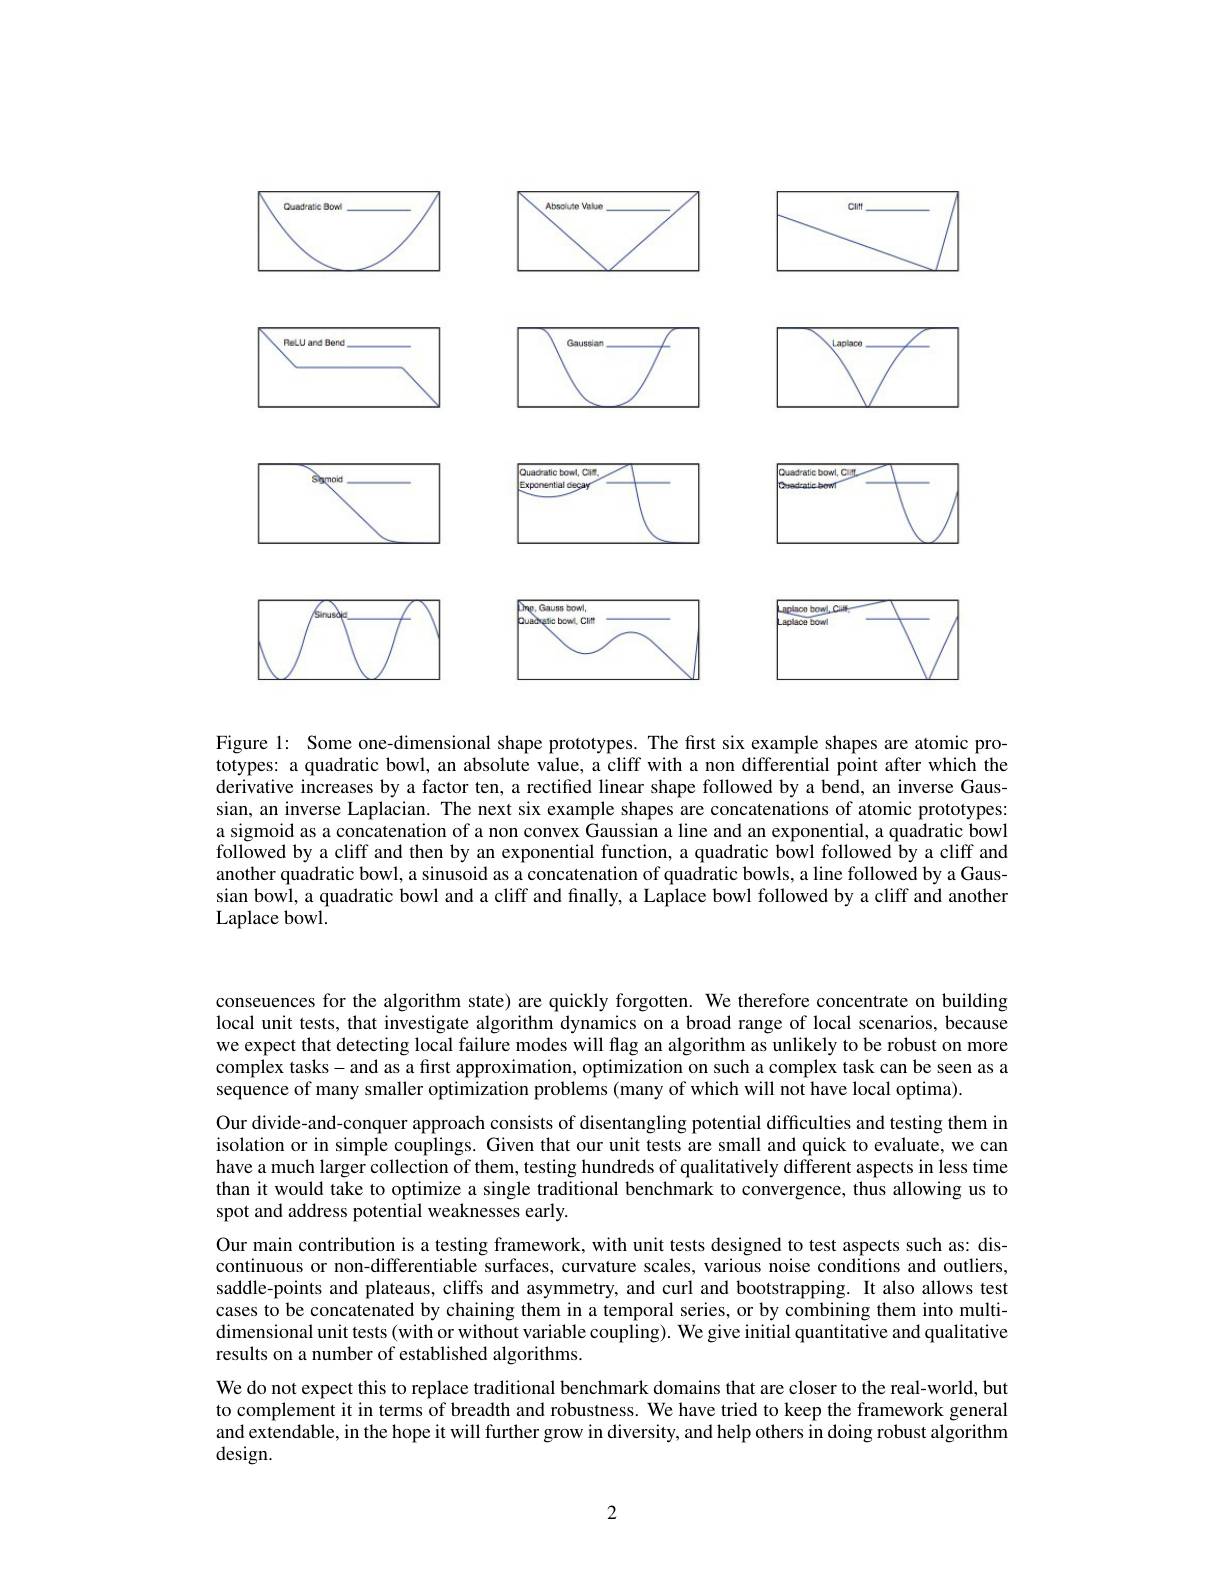
<FigureHere>

Figure 1: Some one-dimensional shape prototypes. The first six example shapes are atomic prototypes: a quadratic bowl, an absolute value, a cliff with a non differential point after which the derivative increases by a factor ten, a rectified linear shape followed by a bend, an inverse Gaussian, an inverse Laplacian. The next six example shapes are concatenations of atomic prototypes: a sigmoid as a concatenation of a non convex Gaussian a line and an exponential, a quadratic bowl followed by a cliff and then by an exponential function, a quadratic bowl followed by a cliff and another quadratic bowl, a sinusoid as a concatenation of quadratic bowls, a line followed by a Gaussian bowl, a quadratic bowl and a cliff and finally, a Laplace bowl followed by a cliff and another Laplace bowl.

conseuences for the algorithm state) are quickly forgotten. We therefore concentrate on building local unit tests, that investigate algorithm dynamics on a broad range of local scenarios, because we expect that detecting local failure modes will flag an algorithm as unlikely to be robust on more complex tasks-and as a first approximation, optimization on such a complex task can be seen as a sequence of many smaller optimization problems (many of which will not have local optima).
Our divide-and-conquer approach consists of disentangling potential difficulties and testing them in isolation or in simple couplings. Given that our unit tests are small and quick to evaluate, we can have a much larger collection of them, testing hundreds of qualitatively different aspects in less time than it would take to optimize a single traditional benchmark to convergence, thus allowing us to spot and address potential weaknesses early.
Our main contribution is a testing framework, with unit tests designed to test aspects such as: discontinuous or non-differentiable surfaces, curvature scales, various noise conditions and outliers, saddle-points and plateaus, cliffs and asymmetry, and curl and bootstrapping. It also allows test cases to be concatenated by chaining them in a temporal series, or by combining them into multidimensional unit tests (with or without variable coupling). We give initial quantitative and qualitative results on a number of established algorithms.
We do not expect this to replace traditional benchmark domains that are closer to the real-world, but to complement it in terms of breadth and robustness. We have tried to keep the framework general and extendable, in the hope it will further grow in diversity, and help others in doing robust algorithm design.

2